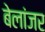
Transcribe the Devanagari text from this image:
बेलांजर